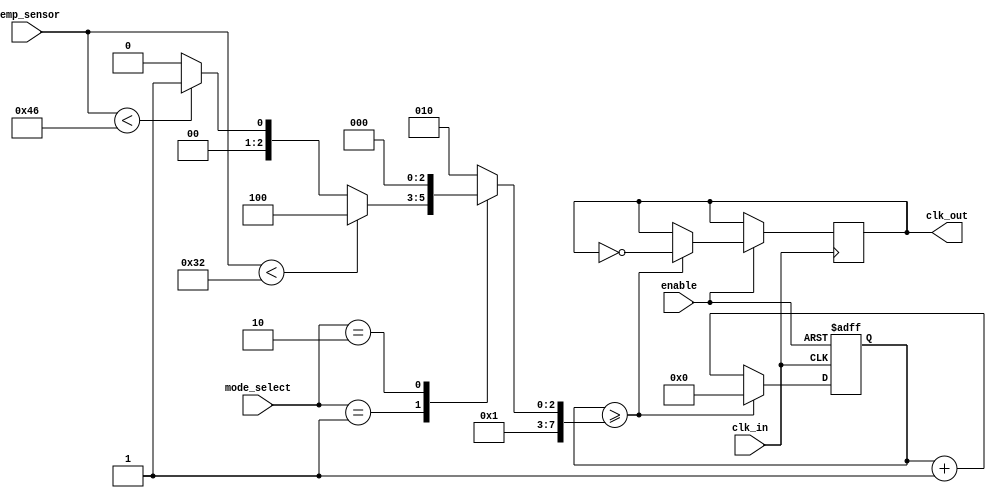
module temperature_compensated_clock_buffer (
    input wire clk_in,              // Input Clock
    input wire [7:0] temp_sensor,   // Temperature sensor input (Digital output)
    input wire enable,               // Enable signal
    input wire [1:0] mode_select,    // Mode selection for compensation
    output reg clk_out              // Output Clock
);

// Parameters for compensation (example values)
parameter TEMP_THRESHOLD_1 = 8'd50; // Temperature threshold for compensation
parameter TEMP_THRESHOLD_2 = 8'd70; // Another threshold
parameter FREQUENCY_ADJUSTMENT_1 = 2; // Frequency adjustment value for first range
parameter FREQUENCY_ADJUSTMENT_2 = 1; // Adjustment for second range

// Internal signals
reg [7:0] adjusted_frequency;
reg [7:0] clk_divider;
reg [7:0] temperature_adjustment;

// Clock divider logic for generating adjusted clock
always @(posedge clk_in or negedge enable) begin
    if (!enable) begin
        clk_divider <= 8'd0; // Reset divider on disable
    end else begin
        clk_divider <= clk_divider + 1;
        // Adjust clock output based on frequency settings
        if (clk_divider >= adjusted_frequency) begin
            clk_out <= ~clk_out; // Toggle output clock
            clk_divider <= 8'd0;  // Reset divider
        end
    end
end

// Temperature compensation logic
always @(*) begin
    // Default frequency adjustment based on temperature
    adjusted_frequency = 8'd10; // Base frequency

    case (mode_select)
        2'b00: begin // No compensation
            adjusted_frequency = 8'd10; // Normal frequency
        end
        2'b01: begin // Temperature based compensation
            if (temp_sensor < TEMP_THRESHOLD_1) begin
                adjusted_frequency = adjusted_frequency + FREQUENCY_ADJUSTMENT_1;
            end else if (temp_sensor < TEMP_THRESHOLD_2) begin
                adjusted_frequency = adjusted_frequency - FREQUENCY_ADJUSTMENT_2;
            end else begin
                adjusted_frequency = adjusted_frequency - FREQUENCY_ADJUSTMENT_1; // Higher temp
            end
        end
        2'b10: begin // Another mode (could be for calibration)
            adjusted_frequency = 8'd8; // Adjust to custom frequency
        end
        default: adjusted_frequency = 8'd10; // Safe default
    endcase
end

endmodule